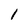
Character: 1